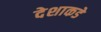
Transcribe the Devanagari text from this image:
देशाकडे